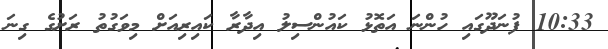
10:33 ފުނަދޫގައި ހުންނަ އަތޮޅު ކައުންސިލު އިދާރާ ކައިރިއަށް މިވަގުތު ރަށުގެ ގިނަ